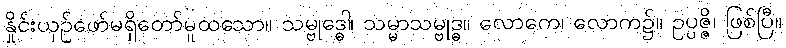
နှိုင်းယှဉ်ဖော်မရှိတော်မူထသော။ သမ္ဗုဒ္ဓေါ၊ သမ္မာသမ္ဗုဒ္ဓ။ လောကေ၊ လောက၌။ ဥပ္ပဇ္ဇိ၊ ဖြစ်ပြီ။